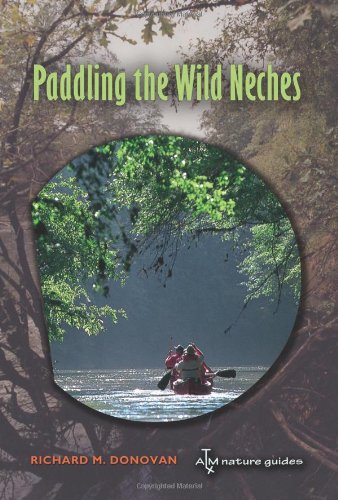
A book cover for Paddling the Wild Neches (River Books, Sponsored by The Meadows Center for Water and the Environment, Texa); Richard M. Donovan; Travel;